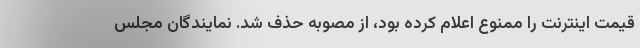
قیمت اینترنت را ممنوع اعلام کرده بود، از مصوبه حذف شد. نمایندگان مجلس